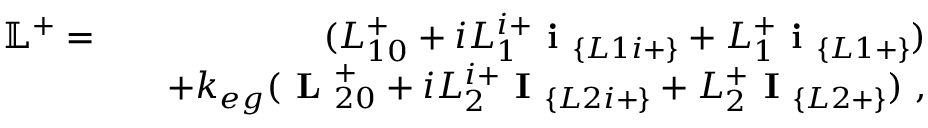
\begin{array} { r l r } { \mathbb { L } ^ { + } = } & { } & { ( L _ { 1 0 } ^ { + } + i L _ { 1 } ^ { i + } \textbf { i } _ { \{ L 1 i + \} } + L _ { 1 } ^ { + } \textbf { i } _ { \{ L 1 + \} } ) } \\ & { } & { + k _ { e g } ( \textbf { L } _ { 2 0 } ^ { + } + i L _ { 2 } ^ { i + } \textbf { I } _ { \{ L 2 i + \} } + L _ { 2 } ^ { + } \textbf { I } _ { \{ L 2 + \} } ) ~ , } \end{array}